Local science and art examinations and technological examinations, 1910, 1910
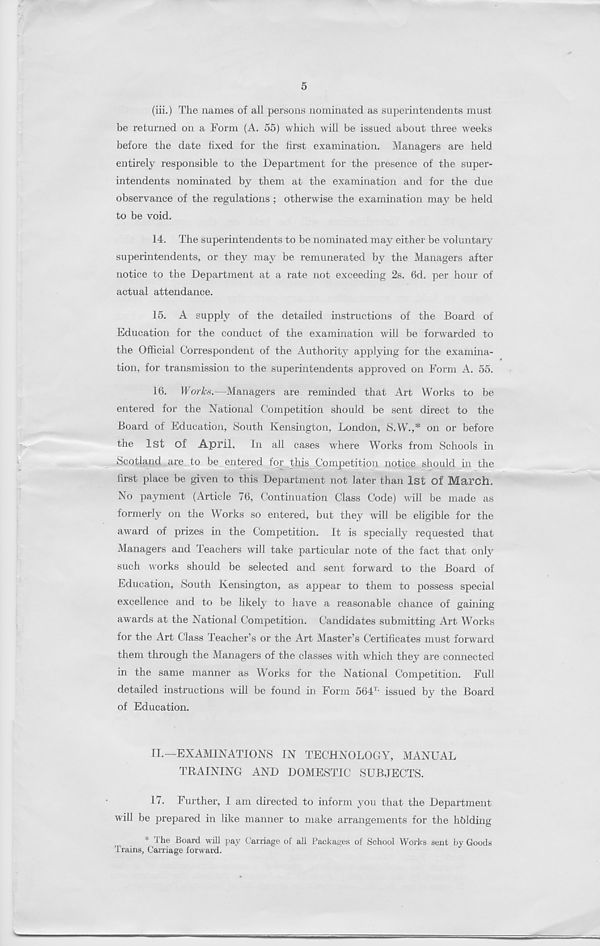
5
(iii.) The names of all persons nominated as superintendents must
be returned on a Form (A. 55) which will be issued about three weeks
before the date fixed for the first examination. Managers are held
entirely responsible to the Department for the presence of the super-
intendents nominated by them at the examination and for the due
observance of the regulations ; otherwise the examination may be held
to be void.
14. The superintendents to be nominated may either be voluntary
superintendents, or they may be remunerated by the Managers after
notice to the Department at a rate not exceeding 2s. 6d. per hour of
actual attendance.
15. A supply of the detailed instructions of the Board of
Education for the conduct of the examination will be forwarded to
the Official Correspondent of the Authority applying for the examina-
tion, for transmission to the superintendents approved on Form A. 55.
16. Works.—Managers are reminded that Art Works to be
entered for the National Competition should be sent direct to the
Board of Education, South Kensington, London, S.W.,* on or before
the 1st Of April. In all cases where Works from Schools in
Scotland are to be entered for this Competition notice should in the
first place be given to this Department not later than 1st Of March.
No payment (Article 76, Continuation Class Code) will be made as
formerly on the Works so entered, but they will be eligible for the
award of prizes in the Competition. It is specially requested that
Managers and Teachers will take particular note of the fact that only
such works should be selected and sent forward to the Board of
Education, South Kensington, as appear to them to possess special
excellence and to be likely to have a reasonable chance of gaining
awards at the National Competition. Candidates submitting Art Works
for the Art Class Teacher’s or the Art Master’s Certificates must forward
them through the Managers of the classes with which they are connected
in the same manner as Works for the National Competition. Full
detailed instructions will be found in Form 564 T> issued by the Board
of Education.
II.—EXAMINATIONS IN TECHNOLOGY, MANUAL
TRAINING AND DOMESTIC SUBJECTS.
17.
Further, I am dire
will be prepared in like manner to make arrangements for the holding
* the Board wil] pay Carriage of all Packages of School Works sent by Goods
Trains, Carriage forward.